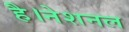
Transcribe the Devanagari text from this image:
है।नेशनल